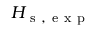
H _ { \mathrm { ~ s ~ , ~ e ~ x ~ p ~ } }